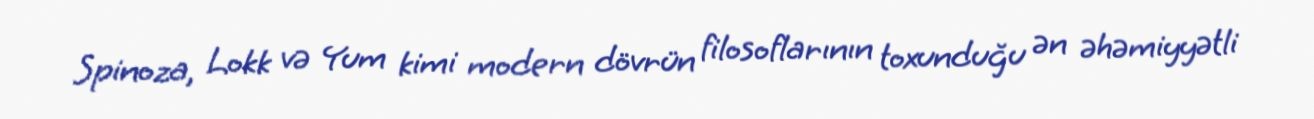
Spinoza, Lokk və Yum kimi modern dövrün filosoflarının toxunduğu ən əhəmiyyətli